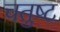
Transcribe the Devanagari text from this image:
चतुष्‍ट